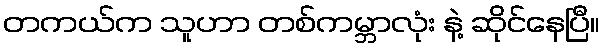
တကယ်က သူဟာ တစ်ကမ္ဘာလုံး နဲ့ ဆိုင်နေပြီ။